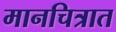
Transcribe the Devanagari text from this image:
मानचित्रात